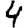
Digit: 4